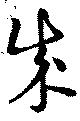
成